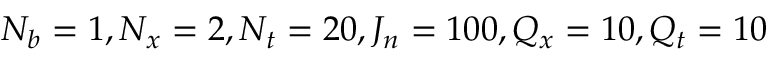
N _ { b } = 1 , N _ { x } = 2 , N _ { t } = 2 0 , J _ { n } = 1 0 0 , Q _ { x } = 1 0 , Q _ { t } = 1 0